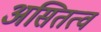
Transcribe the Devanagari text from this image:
असितत्व